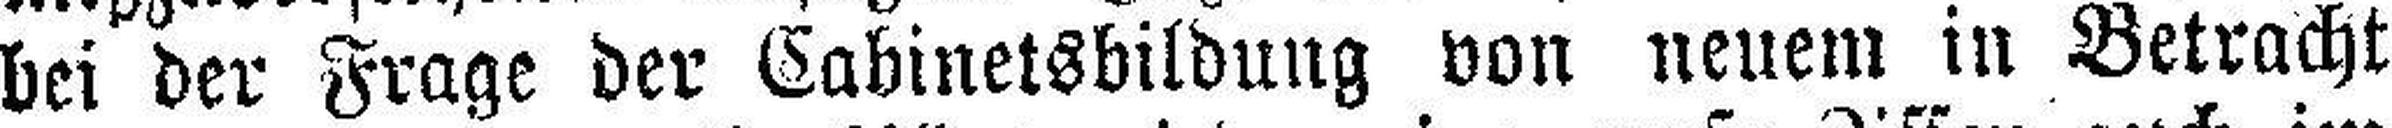
bei der Frage der Cabinetsbildung von neuem in Betracht